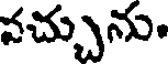
వచ్చును.